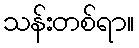
သန်းတစ်ရာ။